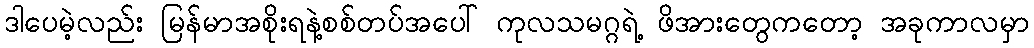
ဒါပေမဲ့လည်း မြန်မာအစိုးရနဲ့စစ်တပ်အပေါ် ကုလသမဂ္ဂရဲ့ ဖိအားတွေကတော့ အခုကာလမှာ